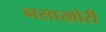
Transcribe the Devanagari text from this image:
नसाखोरी